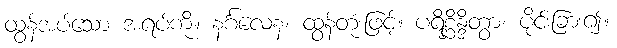
ထွန်အပ်သော အရပ်ကို။ နင်္ဂလေန၊ ထွန်တုံးဖြင့်။ ပရိစ္ဆိန္ဒိတွာ၊ ပိုင်းခြား၍။